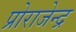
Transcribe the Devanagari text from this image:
प्रोराजेन्द्र